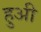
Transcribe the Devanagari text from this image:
हुअी